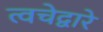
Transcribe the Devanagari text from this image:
त्वचेद्वारे